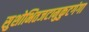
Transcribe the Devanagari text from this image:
सुशोभितजटामुकुटगंगा